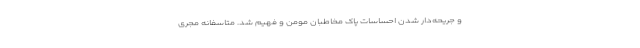
و جریحه‌‌دار شدن احساسات پاک مخاطبان مومن و فهیم شد. متاسفانه مجرى